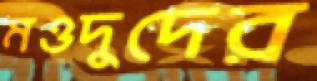
মওদুদের